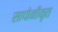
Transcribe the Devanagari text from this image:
सापोनीकृत